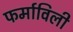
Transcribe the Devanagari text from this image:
फर्माविली